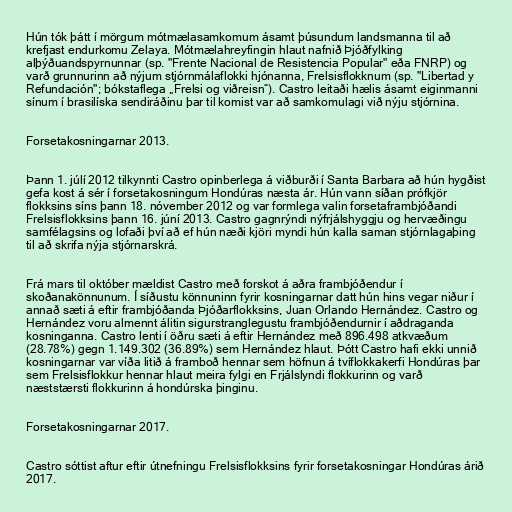
Hún tók þátt í mörgum mótmælasamkomum ásamt þúsundum landsmanna til að
krefjast endurkomu Zelaya. Mótmælahreyfingin hlaut nafnið Þjóðfylking
alþýðuandspyrnunnar (sp. "Frente Nacional de Resistencia Popular" eða FNRP) og
varð grunnurinn að nýjum stjórnmálaflokki hjónanna, Frelsisflokknum (sp. "Libertad y
Refundación"; bókstaflega „Frelsi og viðreisn“). Castro leitaði hælis ásamt eiginmanni
sínum í brasilíska sendiráðinu þar til komist var að samkomulagi við nýju stjórnina.

Forsetakosningarnar 2013.

Þann 1. júlí 2012 tilkynnti Castro opinberlega á viðburði í Santa Barbara að hún hygðist
gefa kost á sér í forsetakosningum Hondúras næsta ár. Hún vann síðan prófkjör
flokksins síns þann 18. nóvember 2012 og var formlega valin forsetaframbjóðandi
Frelsisflokksins þann 16. júní 2013. Castro gagnrýndi nýfrjálshyggju og hervæðingu
samfélagsins og lofaði því að ef hún næði kjöri myndi hún kalla saman stjórnlagaþing
til að skrifa nýja stjórnarskrá.

Frá mars til október mældist Castro með forskot á aðra frambjóðendur í
skoðanakönnunum. Í síðustu könnuninn fyrir kosningarnar datt hún hins vegar niður í
annað sæti á eftir frambjóðanda Þjóðarflokksins, Juan Orlando Hernández. Castro og
Hernández voru almennt álitin sigurstranglegustu frambjóðendurnir í aðdraganda
kosninganna. Castro lenti í öðru sæti á eftir Hernández með 896.498 atkvæðum
(28.78%) gegn 1.149.302 (36.89%) sem Hernández hlaut. Þótt Castro hafi ekki unnið
kosningarnar var víða litið á framboð hennar sem höfnun á tvíflokkakerfi Hondúras þar
sem Frelsisflokkur hennar hlaut meira fylgi en Frjálslyndi flokkurinn og varð
næststærsti flokkurinn á hondúrska þinginu.

Forsetakosningarnar 2017.

Castro sóttist aftur eftir útnefningu Frelsisflokksins fyrir forsetakosningar Hondúras árið
2017.